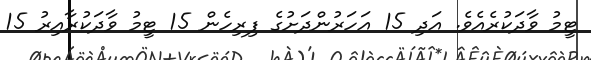
ޓީމު ވާދަކުރެއެވެ. އަދި 15 އަހަރުންދަށުގެ ފިރިހެން 15 ޓީމު ވާދަކުރާއިރު 15